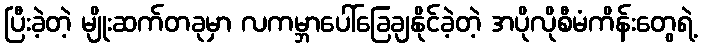
ပြီးခဲ့တဲ့ မျိုးဆက်တခုမှာ လကမ္ဘာပေါ်ခြေချနိုင်ခဲ့တဲ့ အပိုလိုစီမံကိန်းတွေရဲ့